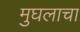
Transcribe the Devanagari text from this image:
मुघलाचा